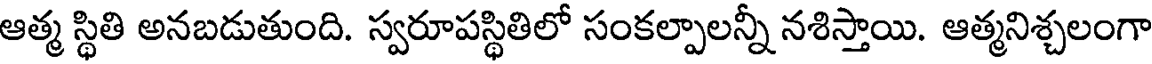
ఆత్మ స్థితి అనబడుతుంది. స్వరూపస్థితిలో సంకల్పాలన్నీ నశిస్తాయి. ఆత్మనిశ్చలంగా